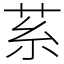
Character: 䒺